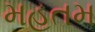
મહતમ